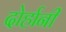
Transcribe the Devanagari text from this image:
दोर्हानी